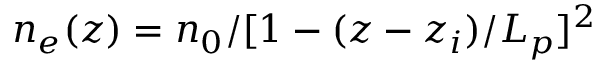
n _ { e } ( z ) = n _ { 0 } / [ 1 - ( z - z _ { i } ) / L _ { p } ] ^ { 2 }